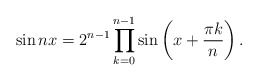
\begin{align*}\sin n x=2^{n-1}\prod_{k=0}^{n-1}\sin\left(x+\frac{\pi k}{n}\right).\end{align*}